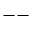
{ -- }